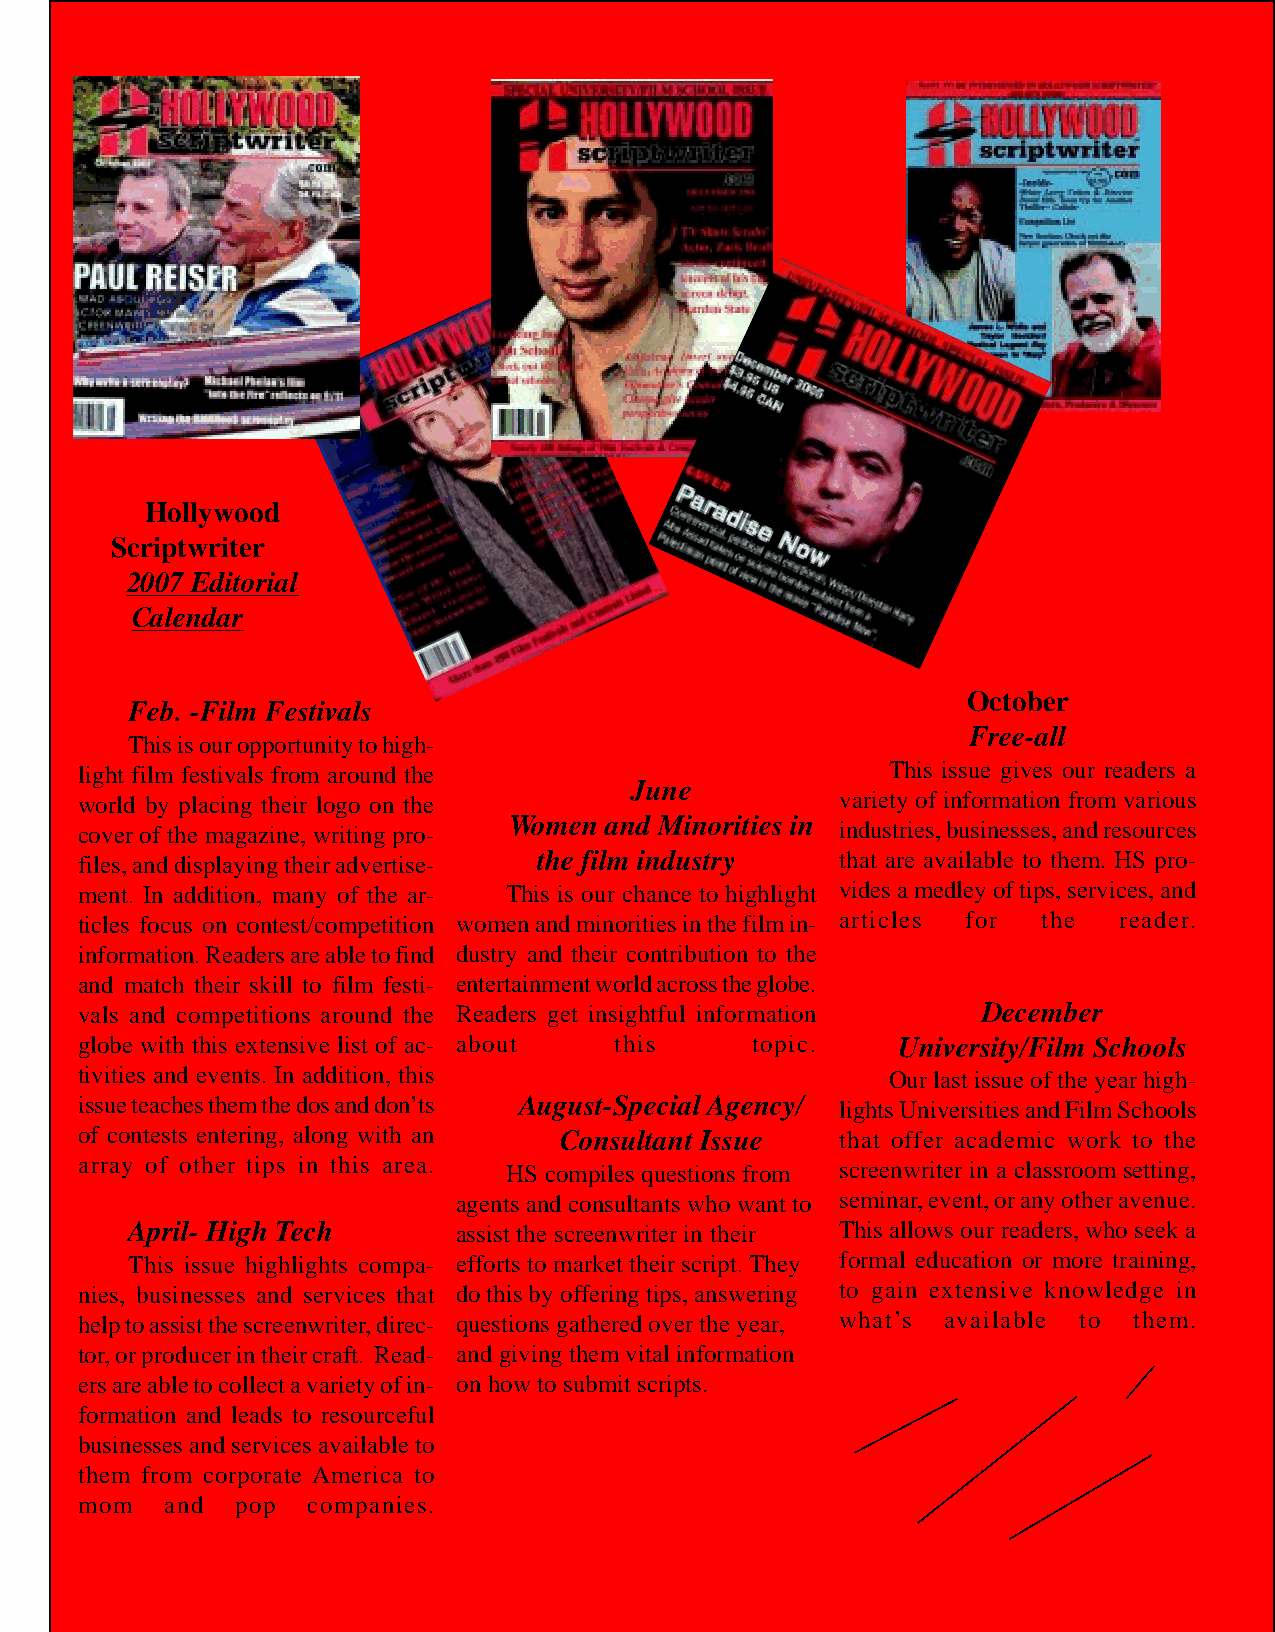
Hollywood
 Scriptwriter
 2007 Editorial
 Calendar
 October
 Feb. -Film Festivals
 Free-all
 This is our opportunity to high-
 light film festivals from around the                  This issue gives our readers a
 June
 world by placing their logo on the                 variety of information from various
 cover of the magazine, writing pro- Women and Minorities in industries, businesses, and resources
 files, and displaying their advertise- the film industry that are available to them. HS pro-
 ment. In addition, many of the ar- This is our chance to highlight vides a medley of tips, services, and
 ticles focus on contest/competition women and minorities in the film in- articles for the reader.
 information. Readers are able to find dustry and their contribution to the
 and match their skill to film festi- entertainment world across the globe.
 vals and competitions around the Readers get insightful information December
 globe with this extensive list of ac- about this topic. University/Film Schools
 tivities and events. In addition, this                Our last issue of the year high-
 issue teaches them the dos and don’ts August-Special Agency/ lights Universities and Film Schools
 of contests entering, along with an Consultant Issue that offer academic work to the
 array of other tips in this area. HS compiles questions from screenwriter in a classroom setting,
 agents and consultants who want to seminar, event, or any other avenue.
 April- High Tech      assist the screenwriter in their This allows our readers, who seek a
 This issue highlights compa- efforts to market their script. They formal education or more training,
 nies, businesses and services that do this by offering tips, answering to gain extensive knowledge in
 help to assist the screenwriter, direc- questions gathered over the year, what’s available to them.
 tor, or producer in their craft. Read- and giving them vital information
 ers are able to collect a variety of in- on how to submit scripts.
 formation and leads to resourceful
 businesses and services available to
 them from corporate America to
 mom   and  pop companies.